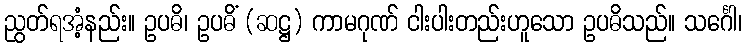
ညွတ်ရအံ့နည်း။ ဥပဓိ၊ ဥပဓိံ (ဆဋ္ဌ) ကာမဂုဏ် ငါးပါးတည်းဟူသော ဥပဓိသည်။ သင်္ဂေါ၊